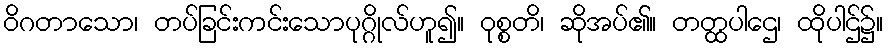
ဝိဂတာသော၊ တပ်ခြင်းကင်းသောပုဂ္ဂိုလ်ဟူ၍။ ဝုစ္စတိ၊ ဆိုအပ်၏။ တတ္ထပါဌေ၊ ထိုပါဌ်၌။